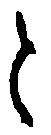
と